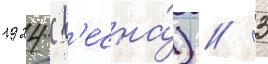
1924 (в'есна́) // 3